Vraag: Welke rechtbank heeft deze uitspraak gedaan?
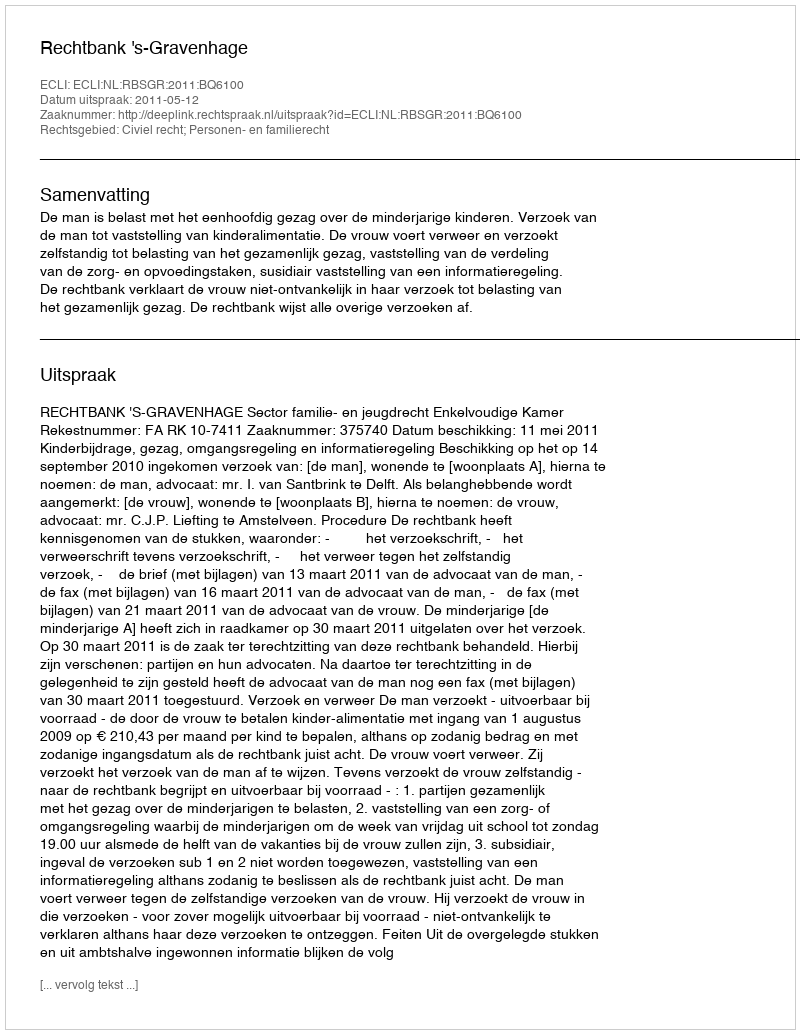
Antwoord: Rechtbank 's-Gravenhage